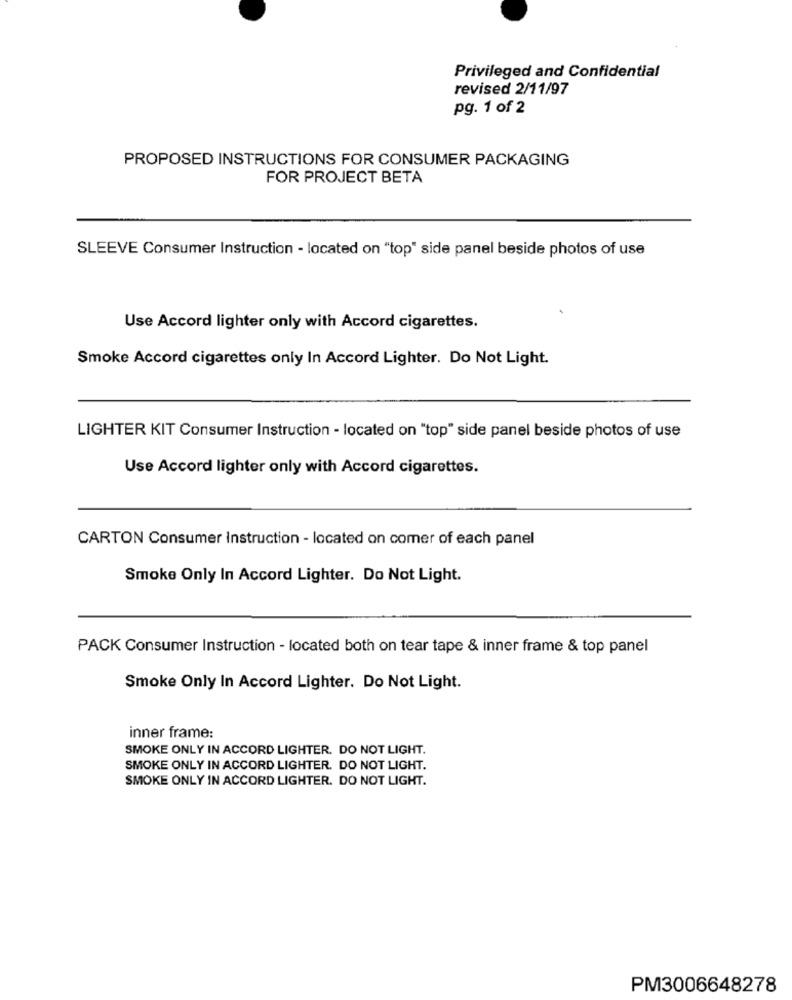
Privileged and Confidential
revised 2/11/97
pg. 1 of 2
PROPOSED INSTRUCTIONS FOR CONSUMER PACKAGING
FOR PROJECT BETA
SLEEVE Consumer Instruction - located on "top" side panel beside photos of use
Use Accord lighter only with Accord cigarettes.
Smoke Accord cigarettes only In Accord Lighter. Do Not Light.
LIGHTER KIT Consumer Instruction - located on "top" side panel beside photos of use
Use Accord lighter only with Accord cigarettes.
CARTON Consumer Instruction - located on comer of each panel
Smoke Only In Accord Lighter. Do Not Light.
PACK Consumer Instruction - located both on tear tape & inner frame & top panel
Smoke Only In Accord Lighter. Do Not Light.
inner frame:
SMOKE ONLY IN ACCORD LIGHTER. DO NOT LIGHT.
SMOKE ONLY IN ACCORD LIGHTER. DO NOT LIGHT.
SMOKE ONLY IN ACCORD LIGHTER. DO NOT LIGHT.
PM3006648278